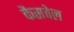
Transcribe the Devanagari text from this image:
कैसवेल